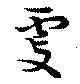
虔